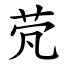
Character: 䒮